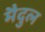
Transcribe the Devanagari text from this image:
मैदुल